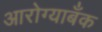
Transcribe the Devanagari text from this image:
आरोग्याबँक